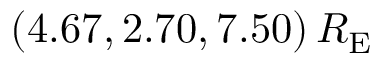
( 4 . 6 7 , 2 . 7 0 , 7 . 5 0 ) \, R _ { \mathrm { E } }